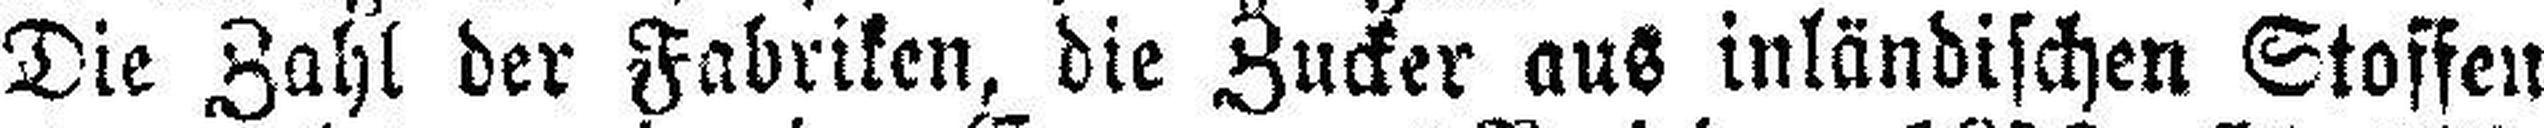
Die Zahl der Fabriken, die Zucker aus inländischen Stoffen